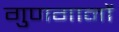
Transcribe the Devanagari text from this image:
गुणगानों